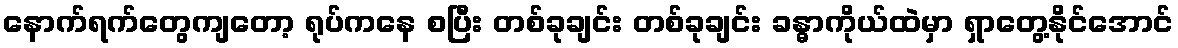
နောက်ရက်တွေကျတော့ ရုပ်ကနေ စပြီး တစ်ခုချင်း တစ်ခုချင်း ခန္ဓာကိုယ်ထဲမှာ ရှာတွေ့နိုင်အောင်